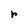
Character: r